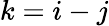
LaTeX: k=i-j